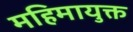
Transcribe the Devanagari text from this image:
महिमायुक्त